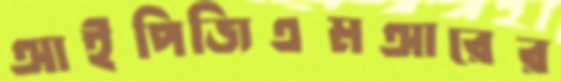
আইপিজিএমআরের